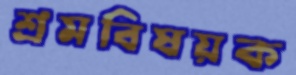
শ্রমবিষয়ক